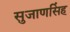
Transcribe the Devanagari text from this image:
सुजाणसिंह